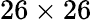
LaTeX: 26\times 26